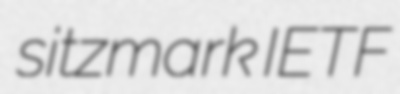
sitzmark IETF